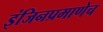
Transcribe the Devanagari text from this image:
इंजिनप्रमाणेच